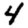
Digit: 4